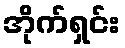
အိုက်ရှင်း